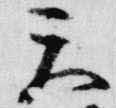
天